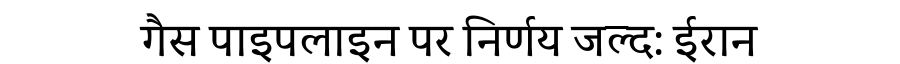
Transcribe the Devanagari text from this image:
गैस पाइपलाइन पर निर्णय जल्द: ईरान